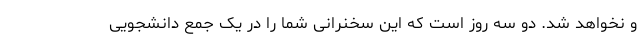
و نخواهد شد. دو سه روز است که این سخنرانی شما را در یک جمع دانشجویی